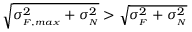
\sqrt { \sigma _ { { } _ { F , m a x } } ^ { 2 } + \sigma _ { { } _ { N } } ^ { 2 } } > \sqrt { \sigma _ { { } _ { F } } ^ { 2 } + \sigma _ { { } _ { N } } ^ { 2 } }